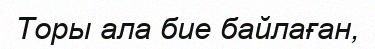
Торы ала бие байлаған,